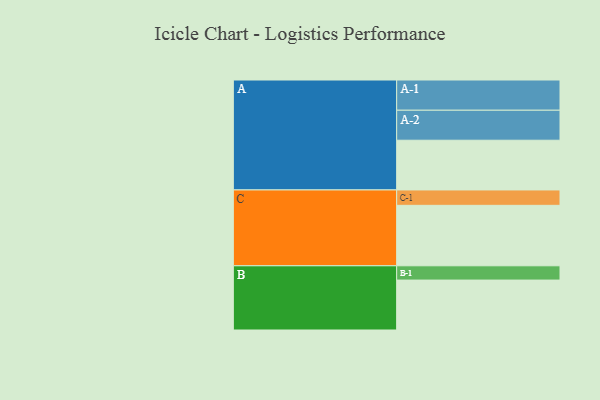
{"axis": {"x": "Segment", "y": "Value"}, "legend": ["", "A", "B", "C"], "data": [{"x": "A", "y": 449, "type": ""}, {"x": "B", "y": 451, "type": ""}, {"x": "C", "y": 546, "type": ""}, {"x": "A-1", "y": 273, "type": "A"}, {"x": "A-2", "y": 271, "type": "A"}, {"x": "B-1", "y": 129, "type": "B"}, {"x": "C-1", "y": 139, "type": "C"}]}